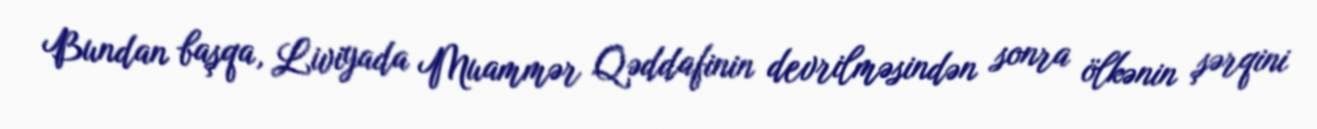
Bundan başqa, Liviyada Muammər Qəddafinin devrilməsindən sonra ölkənin şərqini